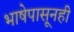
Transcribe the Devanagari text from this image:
भाषेपासूनही